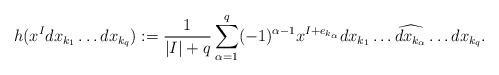
LaTeX: \begin{align*}h(x^I dx_{k_1}\dots dx_{k_q}) := \frac{1}{|I|+q}\sum_{\alpha=1}^q(-1)^{\alpha-1}x^{I+e_{k_\alpha}} dx_{k_1}\dots \widehat{dx_{k_\alpha}} \dots dx_{k_q}.\end{align*}